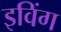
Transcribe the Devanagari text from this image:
इविंग